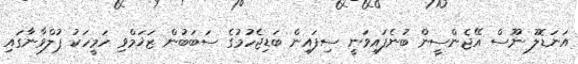
އަނަޑޮލު ނޫސް އޭޖެންސީން ބުނެފައިވަނީ ސިފައިން ބަޑިޖެހުމުގެ ސަބަބުން ޒަޚަމްވި ހަމީހަކު ޕުލްވާނާގައި